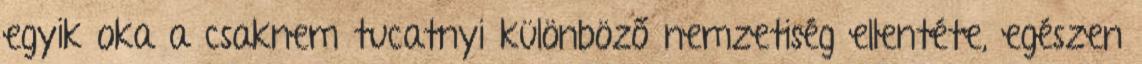
egyik oka a csaknem tucatnyi különböző nemzetiség ellentéte, egészen